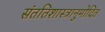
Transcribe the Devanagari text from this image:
संततिशास्त्रानुमोदित